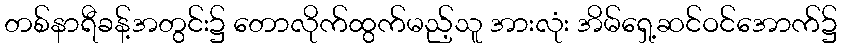
တစ်နာရီခန့်အတွင်း၌ တောလိုက်ထွက်မည့်သူ အားလုံး အိမ်ရှေ့ဆင်ဝင်အောက်၌